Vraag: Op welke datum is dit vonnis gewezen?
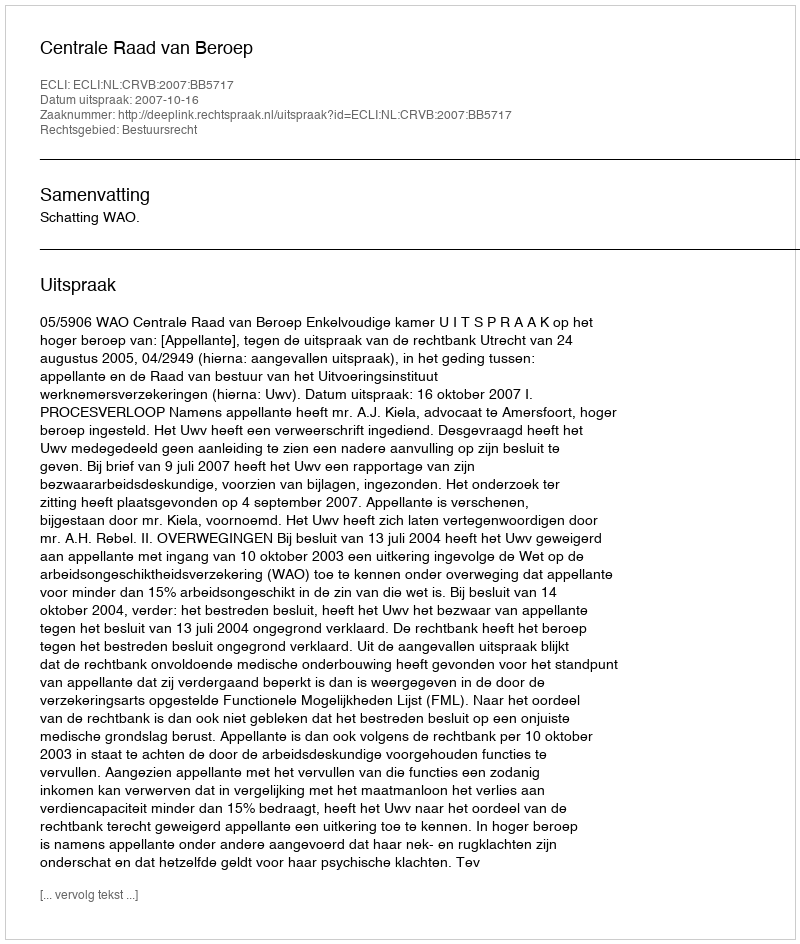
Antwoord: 2007-10-16